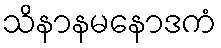
သိနာနမနောဒကံ